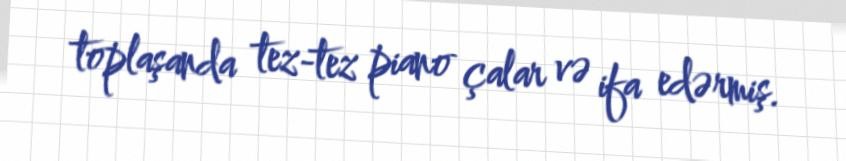
toplaşanda tez-tez piano çalar və ifa edərmiş.